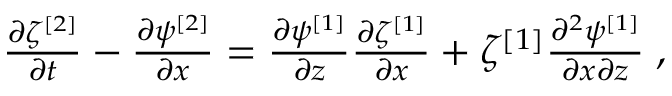
\begin{array} { r } { \frac { \partial \zeta ^ { [ 2 ] } } { \partial t } - \frac { \partial \psi ^ { [ 2 ] } } { \partial x } = \frac { \partial \psi ^ { [ 1 ] } } { \partial z } \frac { \partial \zeta ^ { [ 1 ] } } { \partial x } + \zeta ^ { [ 1 ] } \frac { \partial ^ { 2 } \psi ^ { [ 1 ] } } { \partial x \partial z } \; , } \end{array}